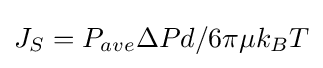
J_{S}=P_{ave}\Delta Pd/6\pi \mu k_{B}T